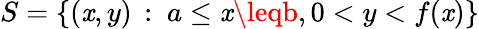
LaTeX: S=\left\{ (\mathit{x},y)\, :\ a\leq\mathit{x}\leqb,0<y<f(\mathit{x})\right\}